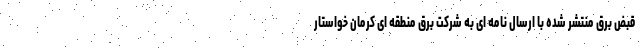
قبض برق منتشر شده با ارسال نامه ای به شرکت برق منطقه ای کرمان خواستار